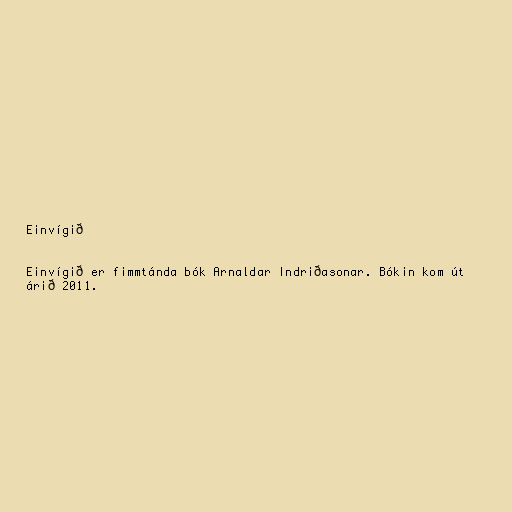
Einvígið

Einvígið er fimmtánda bók Arnaldar Indriðasonar. Bókin kom út
árið 2011.